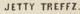
JETTY TREFFZ